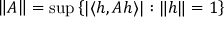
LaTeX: \left\| A \right\| = \operatorname* { s u p } \left\{ | \langle h , A h \rangle | : \| h \| = 1 \right\}